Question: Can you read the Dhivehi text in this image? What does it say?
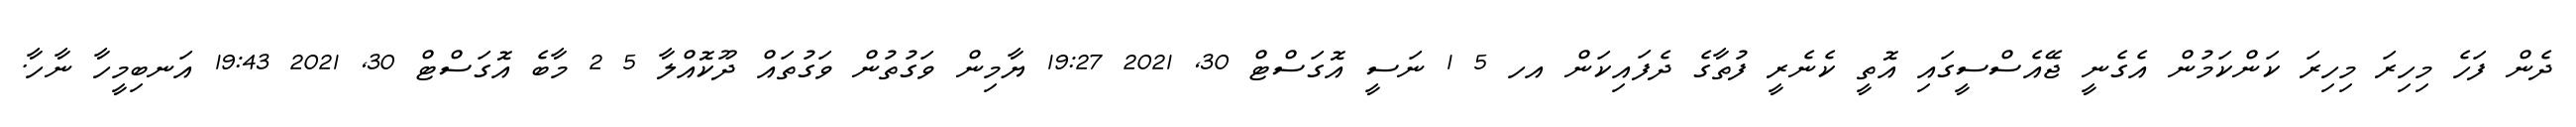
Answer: ދެން ފަހެ މިހިރަ މިހިރަ ކަންކަމުން އެގެނީ ޖޭއެސްސީގައި އޮތީ ކެނެރީ ފުތާގެ ދެފައިކަން އހ 5 1 ނަސީ އޮގަސްޓް 30, 2021 19:27 ޔާމިން ވަގުތުން ވަގުތައް ދޫކޮއްލާ 5 2 މާބެ އޮގަސްޓް 30, 2021 19:43 އަނބިމީހާ ނާހާ.